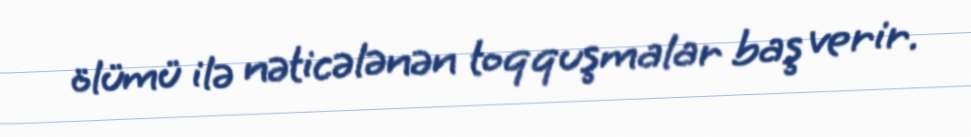
ölümü ilə nəticələnən toqquşmalar baş verir.